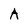
Character: A